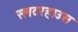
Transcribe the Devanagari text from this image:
स्लटरहाउस